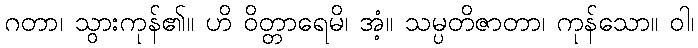
ဂတာ၊ သွားကုန်၏။ ဟိ ဝိတ္တာရေမိ၊ အံ့။ သမ္ပတိဇာတာ၊ ကုန်သော။ ဝါ၊